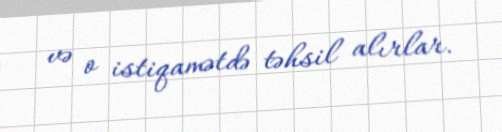
və o istiqamətdə təhsil alırlar.